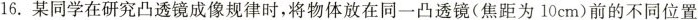
16.某同学在研究凸透镜成像规律时，将物体放在同一凸透镜(焦距为10cm)前的不同位置